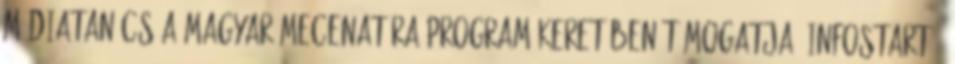
Médiatanács a Magyar Mecenatúra Program keretében támogatja. Infostart -